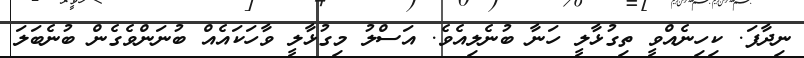
ނިދާފަ. ކިހިނެއްވީ ތިގުޅާލީ ހަނާ ބުނެލިއެވެ. އަސްލު މިގުޅާލީ ވާހަކައެއް ބުނަންވެގެން ބުނެބަލަ